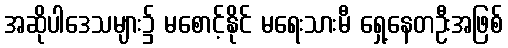
အဆိုပါဒေသများ၌ မစောင့်နိုင် မရေးသားမီ ရှေ့နေတဦးအဖြစ်